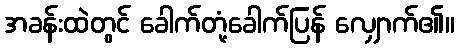
အခန်းထဲတွင် ခေါက်တုံ့ခေါက်ပြန် လျှောက်၏။